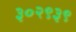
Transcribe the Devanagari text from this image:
३०२९३९